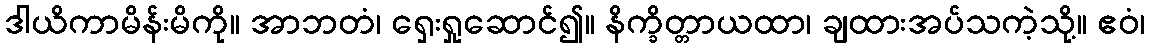
ဒါယိကာမိန်းမိကို။ အာဘတံ၊ ရှေးရှုဆောင်၍။ နိက္ခိတ္တာယထာ၊ ချထားအပ်သကဲ့သို့။ ဧဝံ၊